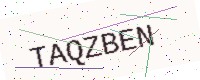
Text: TAQZBEN